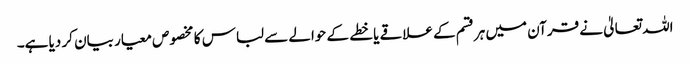
اللہ تعالیٰ نے قرآن میں ہرقسم کے علاقے یا خطے کے حوالے سے لباس کا مخصوص معیار بیان کر دیا ہے۔